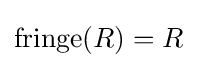
\operatorname {fringe} (R)=R